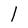
Character: l